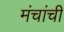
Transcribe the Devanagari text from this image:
मंचांची